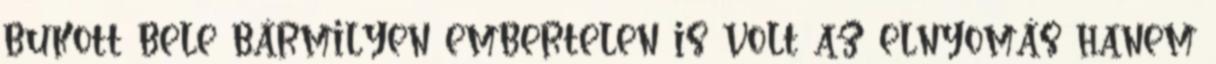
bukott bele bármilyen embertelen is volt az elnyomás hanem